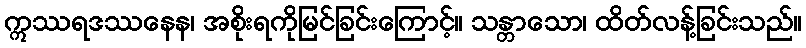
ဣဿရဒဿနေန၊ အစိုးရကိုမြင်ခြင်းကြောင့်။ သန္တာသော၊ ထိတ်လန့်ခြင်းသည်။